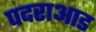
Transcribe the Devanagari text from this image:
पदराआड